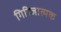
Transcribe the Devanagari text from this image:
गिरिजात्मक